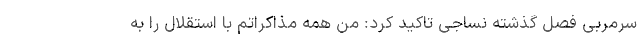
سرمربی فصل گذشته نساجی تاکید کرد: من همه مذاکراتم با استقلال را به